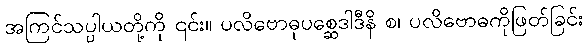
အကြင်သပ္ပါယတို့ကို ၎င်း။ ပလိဗောဓုပစ္ဆေဒါဒီနိ စ၊ ပလိဗောဓကိုဖြတ်ခြင်း